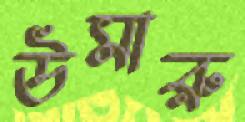
উমারু